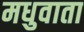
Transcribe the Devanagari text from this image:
मधुवाता